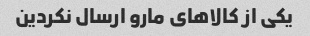
یکی از کالا‌های مارو ارسال نکردین